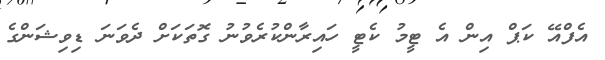
އެފްއޭ ކަޕް އިން އެ ޓީމު ކެޓީ ހައިރާންކުރެވުނު ގޮތަކަށް ދެވަނަ ޑިވިޝަންގެ